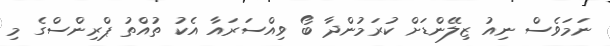
ނަމަވެސް ނިއު ޒިލޭންޑަށް ކުރަމުންދާ ބޯ ވިއްސަރައާ އެކު ތުއްތު ޕްރިންސްގެ މި